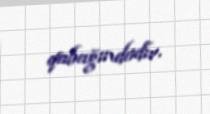
qabağındadır.